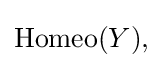
{\textstyle \operatorname {Homeo} (Y),}